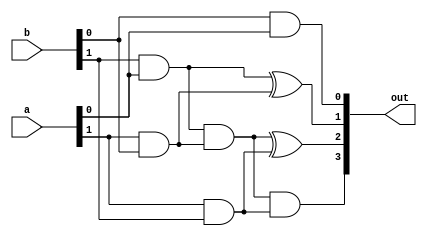
`timescale 1ns / 1ps
//////////////////////////////////////////////////////////////////////////////////
// Company: 
// Engineer: 
// 
// Design Name: 
// Module Name:    two_bit_mul 
// Project Name: 
// Target Devices: 
// Tool versions: 
// Description: 
//
// Dependencies: 
//
// Revision: 
// Revision 0.01 - File Created
// Additional Comments: 
//
//////////////////////////////////////////////////////////////////////////////////
module two_bit_mul(
    input [0:1] a,
    input [0:1] b,
    output reg [0:3] out
    );
always@(a or b)
begin
out[3] = (b[1] & a[1]);
out[2] = (b[0] & a[1]) ^ (a[0] & b[1]);
out[1] = ((b[0] & a[1]) & (a[0] & b[1])) ^ (a[0] & b[0]);
out[0] = ((b[0] & a[1]) & (a[0] & b[1])) & (a[0] & b[0]);
end
endmodule